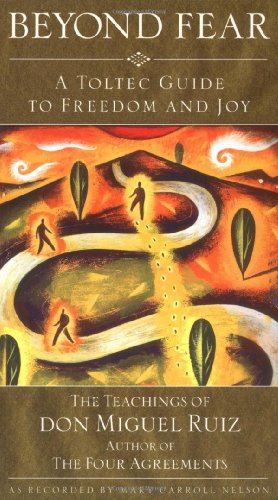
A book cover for Beyond Fear: A Toltec Guide to Freedom and Joy, The Teachings of Don Miguel Ruiz; Miguel Ruiz; Religion & Spirituality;